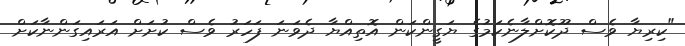
"ކިރިޔާ ވެސް ދޫކޮށްލާނެކަމުގެ ޔަގީންކަން އޮތިއްޔާ ދެވަނަ ފަހަރު ވެސް ކުށަށް އަރައިގަންނާކަށް